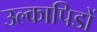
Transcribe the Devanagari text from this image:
उल्कापिडों